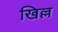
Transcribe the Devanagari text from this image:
खिल्ल